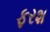
ફરશ